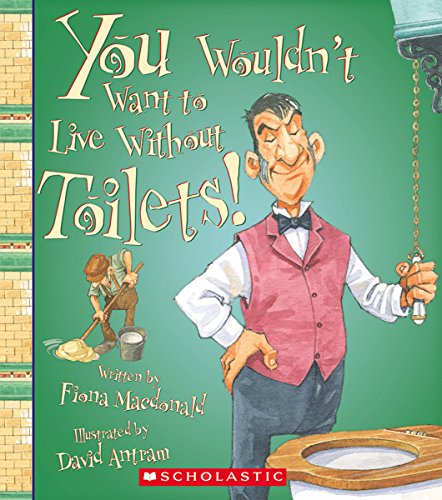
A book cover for You Wouldn't Want to Live Without Toilets; Fiona MacDonald; Children's Books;